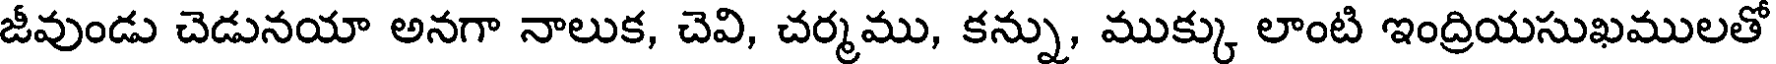
జీవుండు చెడునయా అనగా నాలుక, చెవి, చర్మము, కన్ను, ముక్కు లాంటి ఇంద్రియసుఖములతో